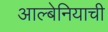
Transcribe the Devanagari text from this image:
आल्बेनियाची